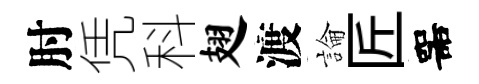
肘凭科翅渡論匠噐